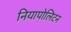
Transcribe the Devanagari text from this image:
नियापोलिटन